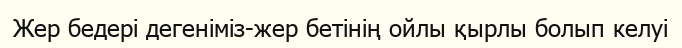
Жер бедері дегеніміз-жер бетінің ойлы қырлы болып келуі